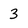
Character: 3